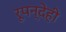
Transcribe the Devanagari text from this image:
रूपन्देही